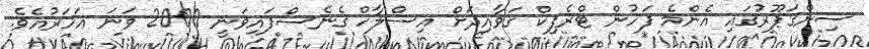
ސިންގަޕޫރުގައި އެންމެ ފަހުން ޓްރެފިކް ގަވާއިދަށް އިސްލާހް ގެނެސްފައިވަނީ 2000 ވަނަ އަހަރުއެވެ.